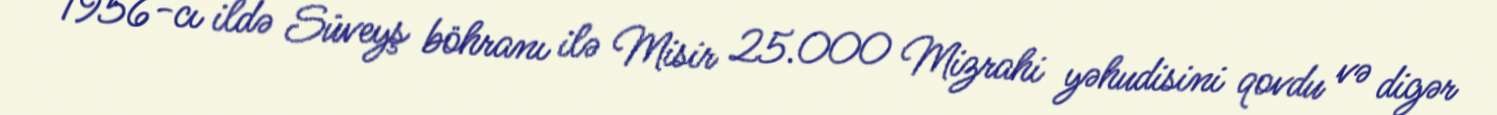
1956-cı ildə Süveyş böhranı ilə Misir 25.000 Mizrahi yəhudisini qovdu və digər